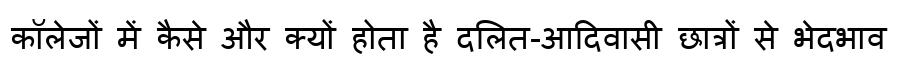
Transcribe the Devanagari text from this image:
कॉलेजों में कैसे और क्यों होता है दलित-आदिवासी छात्रों से भेदभाव